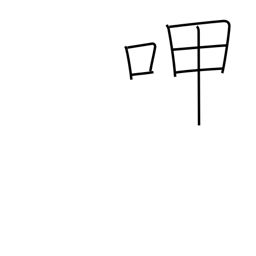
Meaning: sip